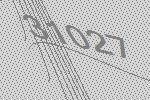
31027